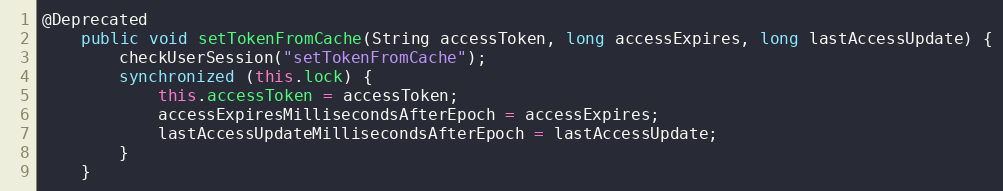
Language: Java
@Deprecated
    public void setTokenFromCache(String accessToken, long accessExpires, long lastAccessUpdate) {
        checkUserSession("setTokenFromCache");
        synchronized (this.lock) {
            this.accessToken = accessToken;
            accessExpiresMillisecondsAfterEpoch = accessExpires;
            lastAccessUpdateMillisecondsAfterEpoch = lastAccessUpdate;
        }
    }